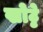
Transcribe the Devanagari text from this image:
खोट्टे